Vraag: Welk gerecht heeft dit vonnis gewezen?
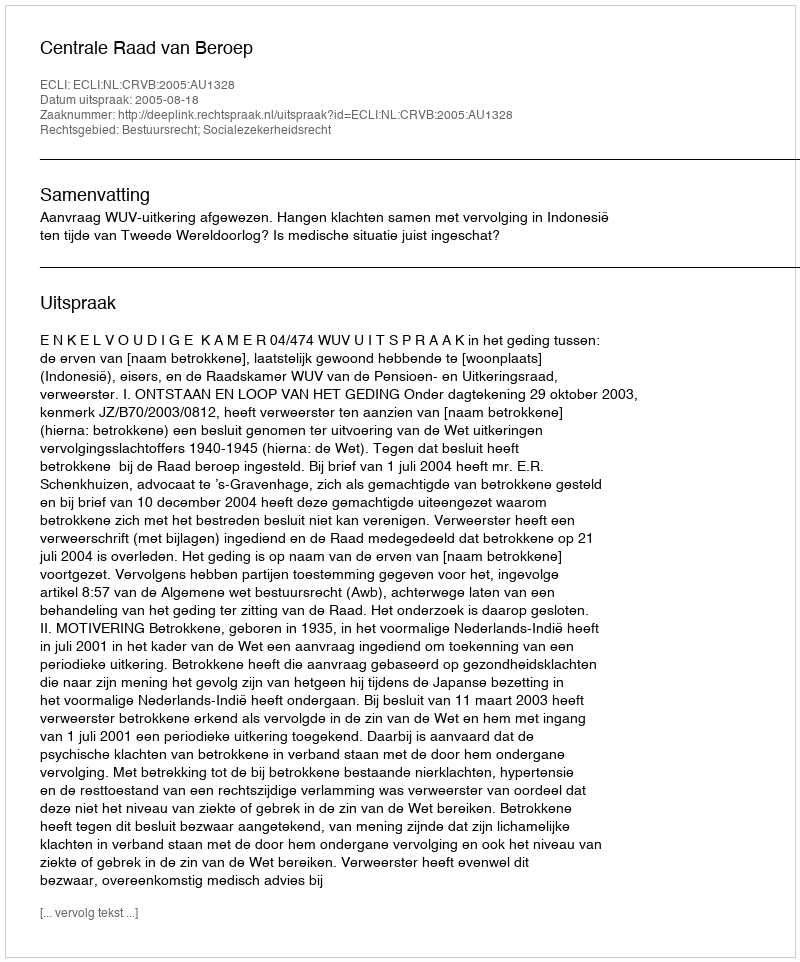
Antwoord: Centrale Raad van Beroep